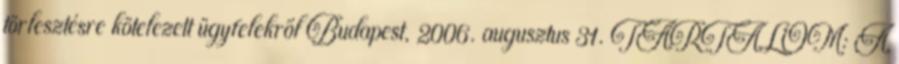
törlesztésre kötelezett ügyfelekről Budapest, 2006. augusztus 31. TARTALOM: A